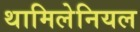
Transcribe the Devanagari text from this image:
थामिलेनियल